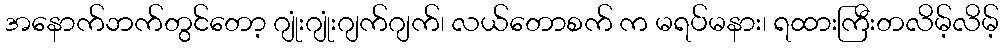
အနောက်ဘက်တွင်တော့ ဂျုံးဂျုံးဂျက်ဂျက်၊ လယ်တောစက် က မရပ်မနား၊ ရထားကြီးတလိမ့်လိမ့်